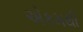
એકમથી